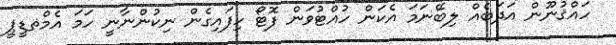
ހައްޤުނޫން އަދަބެއް ލިބޭނަމަ އެކަން ހުއްޓުވަން ފޮޓޯ ހިފައިގެން ނިކުންނާނީ ހަމަ އެމްޡޑީޕީ